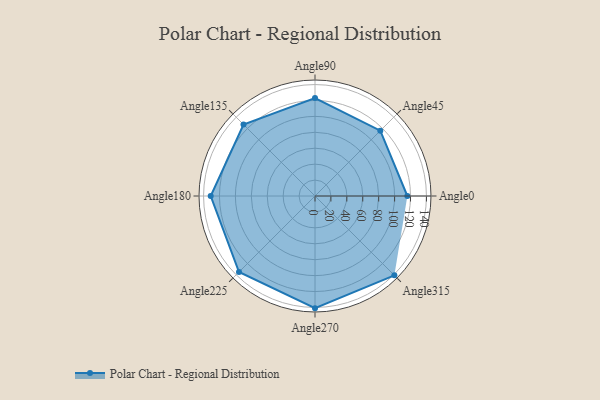
{"axis": {"x": "Angle", "y": "Radius"}, "legend": [""], "data": [{"x": "Angle0", "y": 116.0, "type": ""}, {"x": "Angle45", "y": 116.0, "type": ""}, {"x": "Angle90", "y": 123.0, "type": ""}, {"x": "Angle135", "y": 127.0, "type": ""}, {"x": "Angle180", "y": 131.0, "type": ""}, {"x": "Angle225", "y": 135.0, "type": ""}, {"x": "Angle270", "y": 141.0, "type": ""}, {"x": "Angle315", "y": 141.0, "type": ""}]}